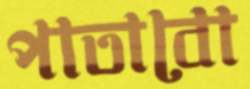
পাতাবো